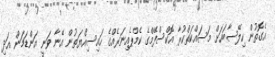
އެގޮތުން ހިލޭސާބަހަށް މަސައްކަތްކުރާ އޮކްސްފޭމްގެ ކެމްޕެއިނަރެއްގެ ހައިސިއްޔަތުން އޭނާ ވަނީ އަންޑަމަން އަދި